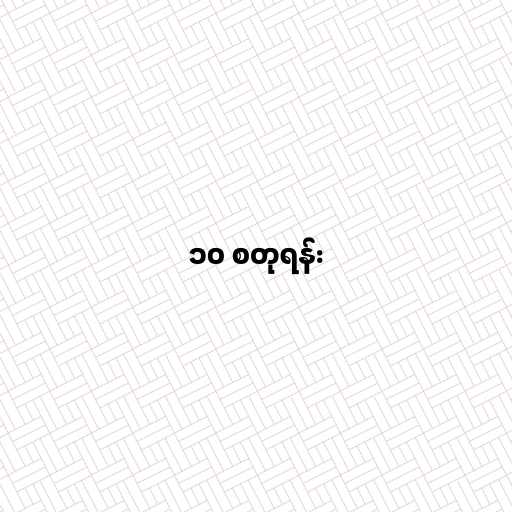
၁၀ စတုရန်း